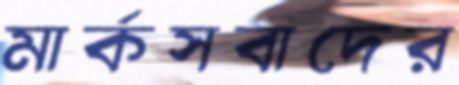
মার্কসবাদের